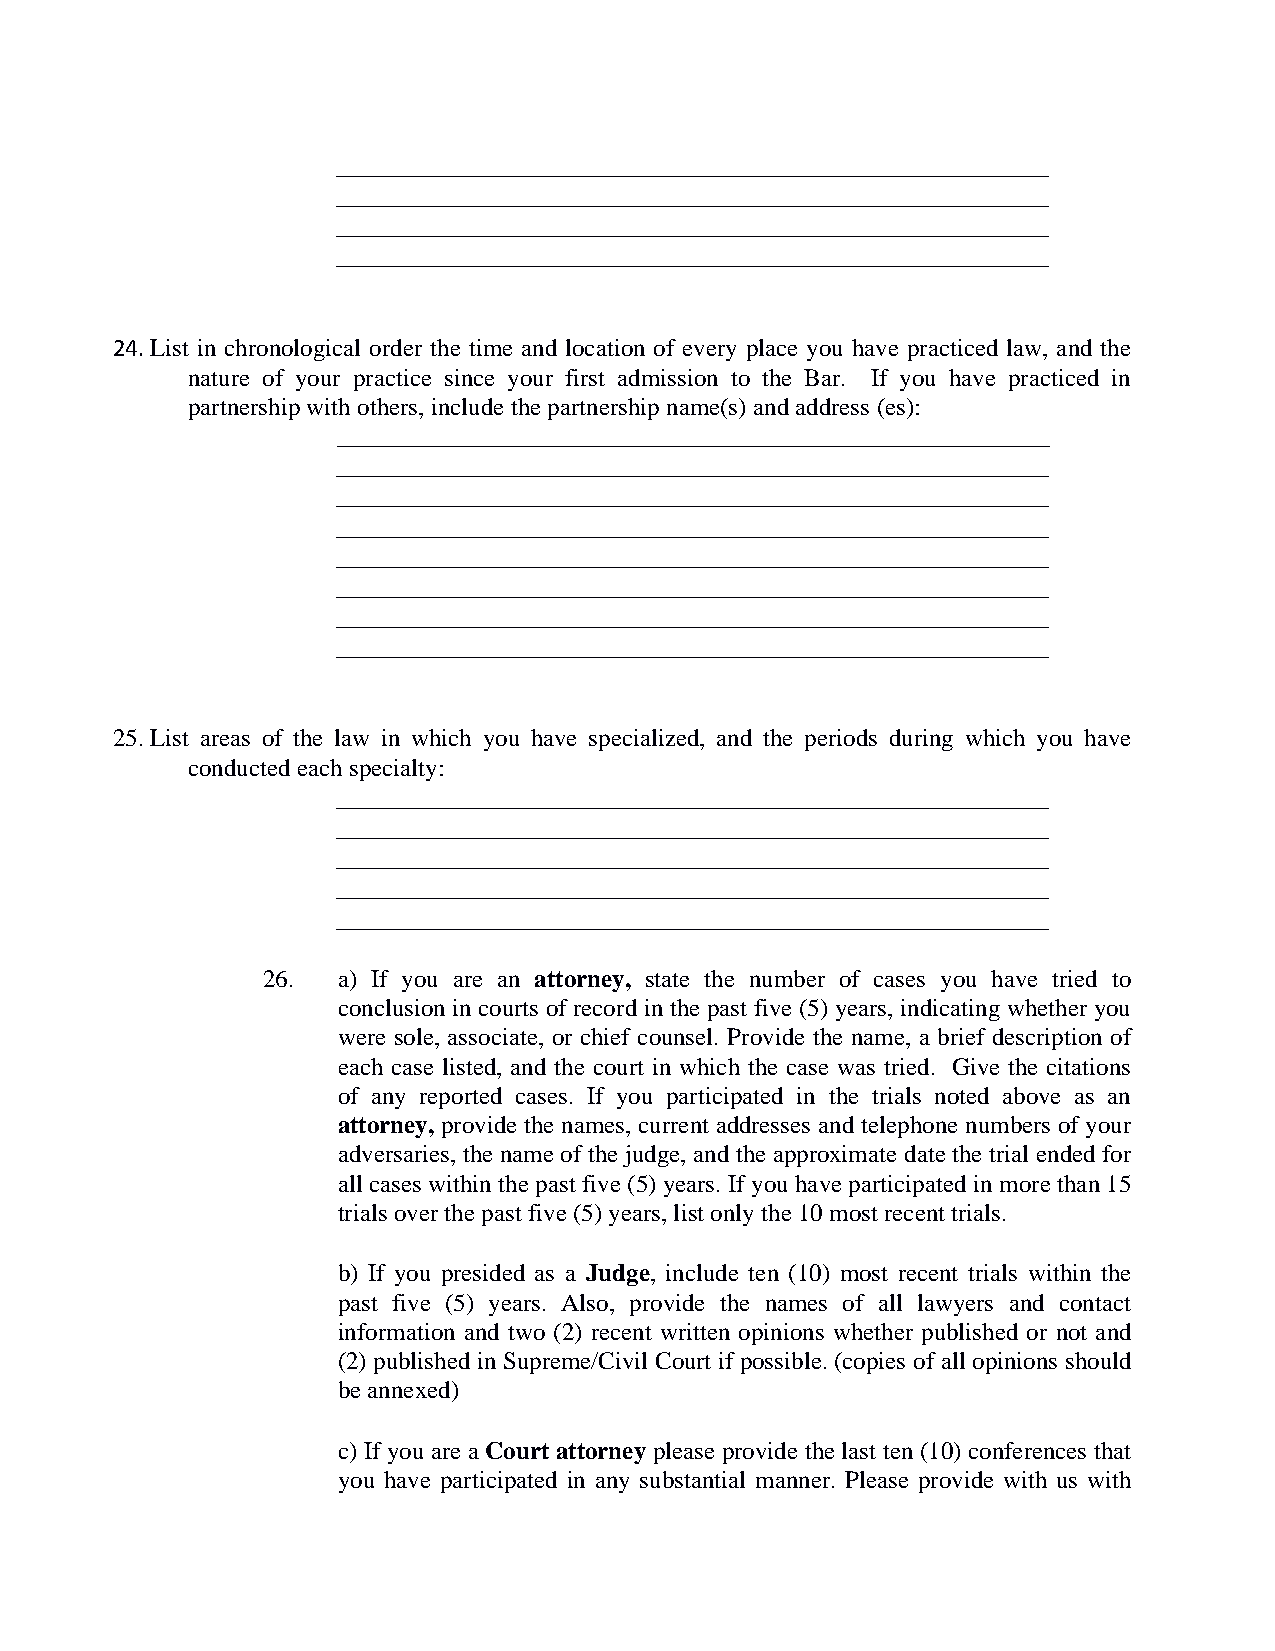
_________________________________________________________
 _________________________________________________________
 _________________________________________________________
 _________________________________________________________
 24. List in chronological order the time and location of every place you have practiced law, and the
 nature of your practice since your first admission to the Bar. If you have practiced in
 partnership with others, include the partnership name(s) and address (es):
 _________________________________________________________
 _________________________________________________________
 _________________________________________________________
 _________________________________________________________
 _________________________________________________________
 _________________________________________________________
 _________________________________________________________
 _________________________________________________________
 25. List areas of the law in which you have specialized, and the periods during which you have
 conducted each specialty:
 _________________________________________________________
 _________________________________________________________
 _________________________________________________________
 _________________________________________________________
 _________________________________________________________
 26.  a) If you are an attorney, state the number of cases you have tried to
 conclusion in courts of record in the past five (5) years, indicating whether you
 were sole, associate, or chief counsel. Provide the name, a brief description of
 each case listed, and the court in which the case was tried. Give the citations
 of any reported cases. If you participated in the trials noted above as an
 attorney, provide the names, current addresses and telephone numbers of your
 adversaries, the name of the judge, and the approximate date the trial ended for
 all cases within the past five (5) years. If you have participated in more than 15
 trials over the past five (5) years, list only the 10 most recent trials.
 b) If you presided as a Judge, include ten (10) most recent trials within the
 past five (5) years. Also, provide the names of all lawyers and contact
 information and two (2) recent written opinions whether published or not and
 (2) published in Supreme/Civil Court if possible. (copies of all opinions should
 be annexed)
 c) If you are a Court attorney please provide the last ten (10) conferences that
 you have participated in any substantial manner. Please provide with us with